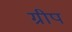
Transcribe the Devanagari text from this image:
ग्रीप